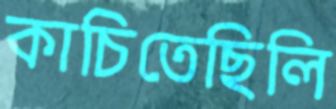
কাচিতেছিলি